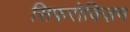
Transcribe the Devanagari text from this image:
सिफरोक्ज़िम